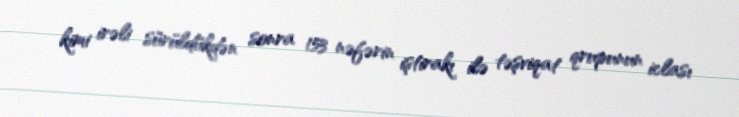
kimi irəli sürüldükdən sonra 153 nəfərin iştirakı ilə təşviqat qrupunun iclası